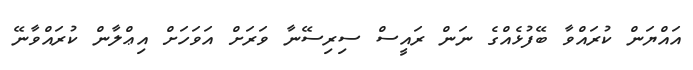
އައްޔަން ކުރައްވާ ބޭފުޅެއްގެ ނަން ރައީސް ސިރިސޭނާ ވަރަށް އަވަހަށް އިޢްލާން ކުރައްވާނޭ